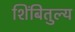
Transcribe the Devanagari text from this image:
शिंबितुल्य